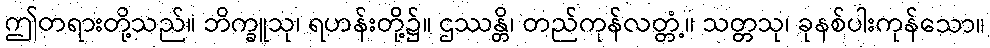
ဤတရားတို့သည်။ ဘိက္ခူသု၊ ရဟန်းတို့၌။ ဌဿန္တိ၊ တည်ကုန်လတ္တံ့။ သတ္တသု၊ ခုနစ်ပါးကုန်သော။